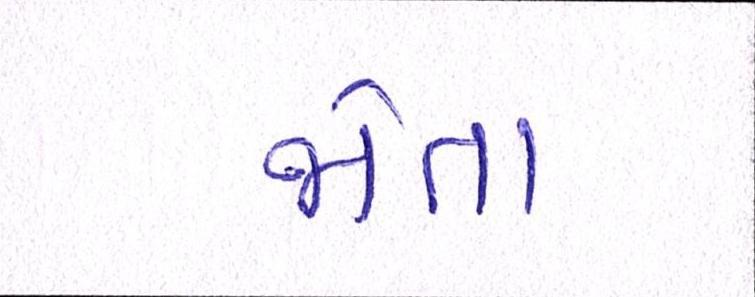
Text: જોતા